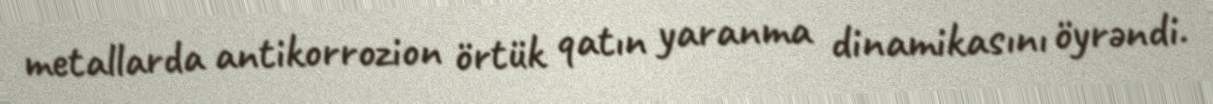
metallarda antikorrozion örtük qatın yaranma dinamikasını öyrəndi.